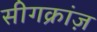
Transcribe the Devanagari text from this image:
सीगक्रांज़